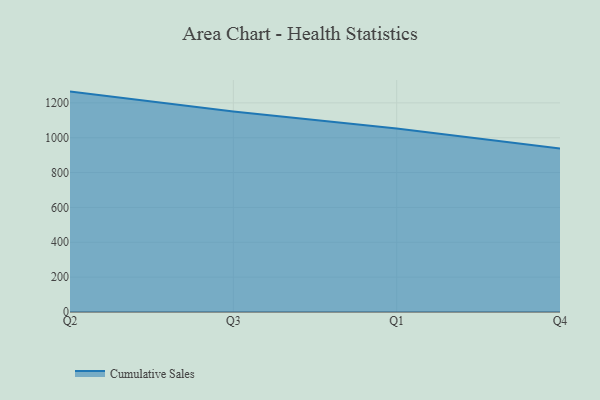
{"axis": {"x": "Quarter", "y": "Latency (ms)"}, "legend": ["Cumulative Sales"], "data": [{"x": "Q2", "y": 1264.6, "type": "Cumulative Sales"}, {"x": "Q3", "y": 1150.8, "type": "Cumulative Sales"}, {"x": "Q1", "y": 1053.3, "type": "Cumulative Sales"}, {"x": "Q4", "y": 937.4, "type": "Cumulative Sales"}]}